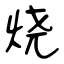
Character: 烧